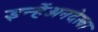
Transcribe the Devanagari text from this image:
इन्हेंअनदेखा